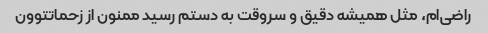
راضی‌ام، مثل همیشه دقیق و سروقت به دستم رسید ممنون از زحماتتوون